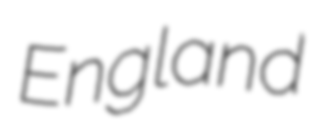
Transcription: England